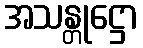
အသန္တုဋ္ဌော